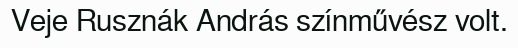
Veje Rusznák András színművész volt.